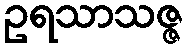
ဥရသာသဇ္ဇ